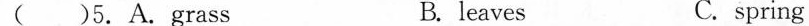
( )5.A.grass B. leaves C.spring